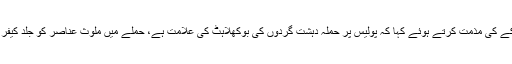
آئی جی پنجاب نے دھماکے کی مذمت کرتے ہوئے کہا کہ پولیس پر حملہ دہشت گردوں کی بوکھلاہٹ کی علامت ہے، حملے میں ملوث عناصر کو جلد کیفر کردار تک پہنچائیں گے۔